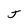
Character: J